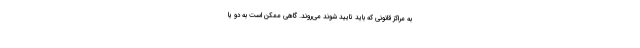
به مراکز قانونی که باید تایید شوند می‌روند. گاهی ممکن است به دو یا